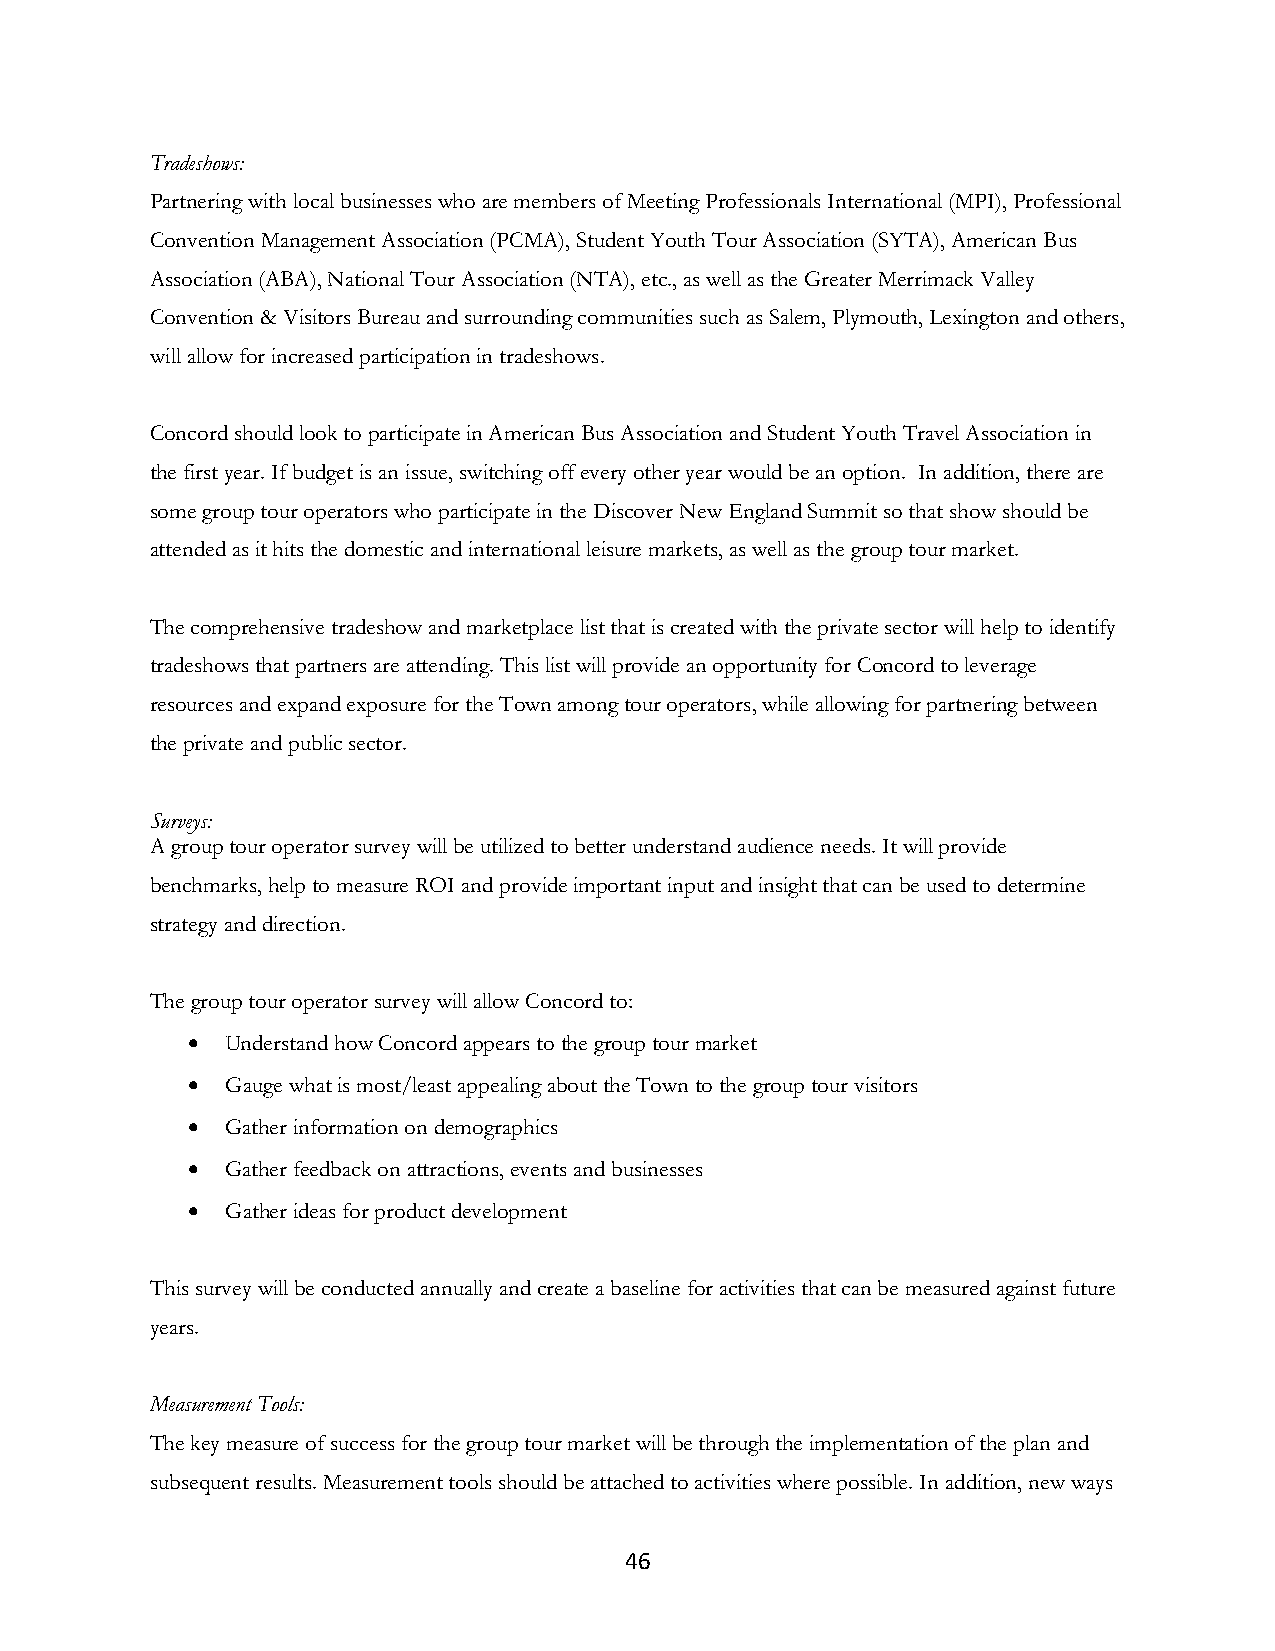
Tradeshows:
 Partnering with local businesses who are members of Meeting Professionals International (MPI), Professional
 Convention Management Association (PCMA), Student Youth Tour Association (SYTA), American Bus
 Association (ABA), National Tour Association (NTA), etc., as well as the Greater Merrimack Valley
 Convention & Visitors Bureau and surrounding communities such as Salem, Plymouth, Lexington and others,
 will allow for increased participation in tradeshows.
 Concord should look to participate in American Bus Association and Student Youth Travel Association in
 the first year. If budget is an issue, switching off every other year would be an option. In addition, there are
 some group tour operators who participate in the Discover New England Summit so that show should be
 attended as it hits the domestic and international leisure markets, as well as the group tour market.
 The comprehensive tradeshow and marketplace list that is created with the private sector will help to identify
 tradeshows that partners are attending. This list will provide an opportunity for Concord to leverage
 resources and expand exposure for the Town among tour operators, while allowing for partnering between
 the private and public sector.
 Surveys:
 A group tour operator survey will be utilized to better understand audience needs. It will provide
 benchmarks, help to measure ROI and provide important input and insight that can be used to determine
 strategy and direction.
 The group tour operator survey will allow Concord to:
 •  Understand how Concord appears to the group tour market
 •  Gauge what is most/least appealing about the Town to the group tour visitors
 •  Gather information on demographics
 •  Gather feedback on attractions, events and businesses
 •  Gather ideas for product development
 This survey will be conducted annually and create a baseline for activities that can be measured against future
 years.
 Measurement Tools:
 The key measure of success for the group tour market will be through the implementation of the plan and
 subsequent results. Measurement tools should be attached to activities where possible. In addition, new ways
 46